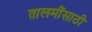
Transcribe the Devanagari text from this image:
तालमींसाठी